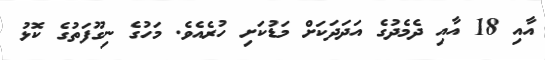
އާއި 18 އާއި ދެމެދުގެ އަދަދަކަށް މަޑުކަށި ހުރެއެވެ. މަހުގެ ނިގޫފަތުގެ ކޮޅު